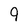
Character: 9